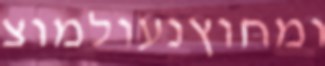
ומחוץנעולמוצ